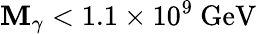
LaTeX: \mathbf{M}_{\gamma}<1.1\times10^{9}~\mathrm{{GeV}}